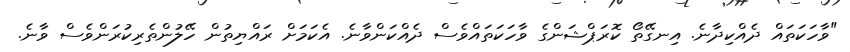
"ވާހަކަތައް ދެއްކިދާނެ. އިނގޭތޯ ކޮރަޕްޝަންގެ ވާހަކަތައްވެސް ދެއްކަންވާނެ. އެކަމަށް ރައްޔިތުން ހޭލުންތެރިކުރަންވެސް ވާނެ.